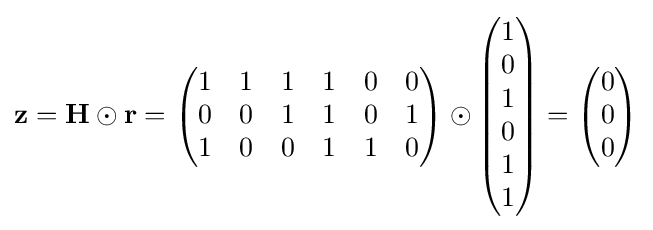
\mathbf {z} =\mathbf {H\odot r} ={\begin{pmatrix}1&1&1&1&0&0\\0&0&1&1&0&1\\1&0&0&1&1&0\\\end{pmatrix}}\odot {\begin{pmatrix}1\\0\\1\\0\\1\\1\\\end{pmatrix}}={\begin{pmatrix}0\\0\\0\\\end{pmatrix}}